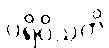
ပရိဝိသတိ